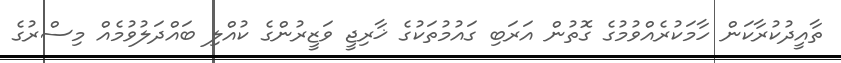
ތާއީދުކުރާކަން ހާމަކުރެއްވުމުގެ ގޮތުން އަރަބި ގައުމުތަކުގެ ޚާރިޖީ ވަޒީރުންގެ ކުއްލި ބައްދަލުވުމެއް މިސްރުގެ